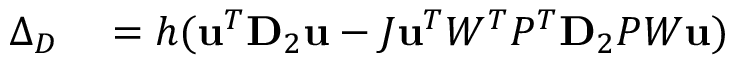
\begin{array} { r l } { \Delta _ { D } } & { { } = h ( \mathbf { u } ^ { T } \mathbf { D } _ { 2 } \mathbf { u } - J \mathbf { u } ^ { T } W ^ { T } P ^ { T } \mathbf { D } _ { 2 } P W \mathbf { u } ) } \end{array}